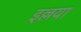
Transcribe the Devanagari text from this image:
इल्लया